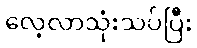
လေ့လာသုံးသပ်ပြီး